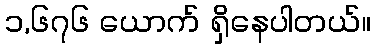
၁,၆၇၆ ယောက် ရှိနေပါတယ်။